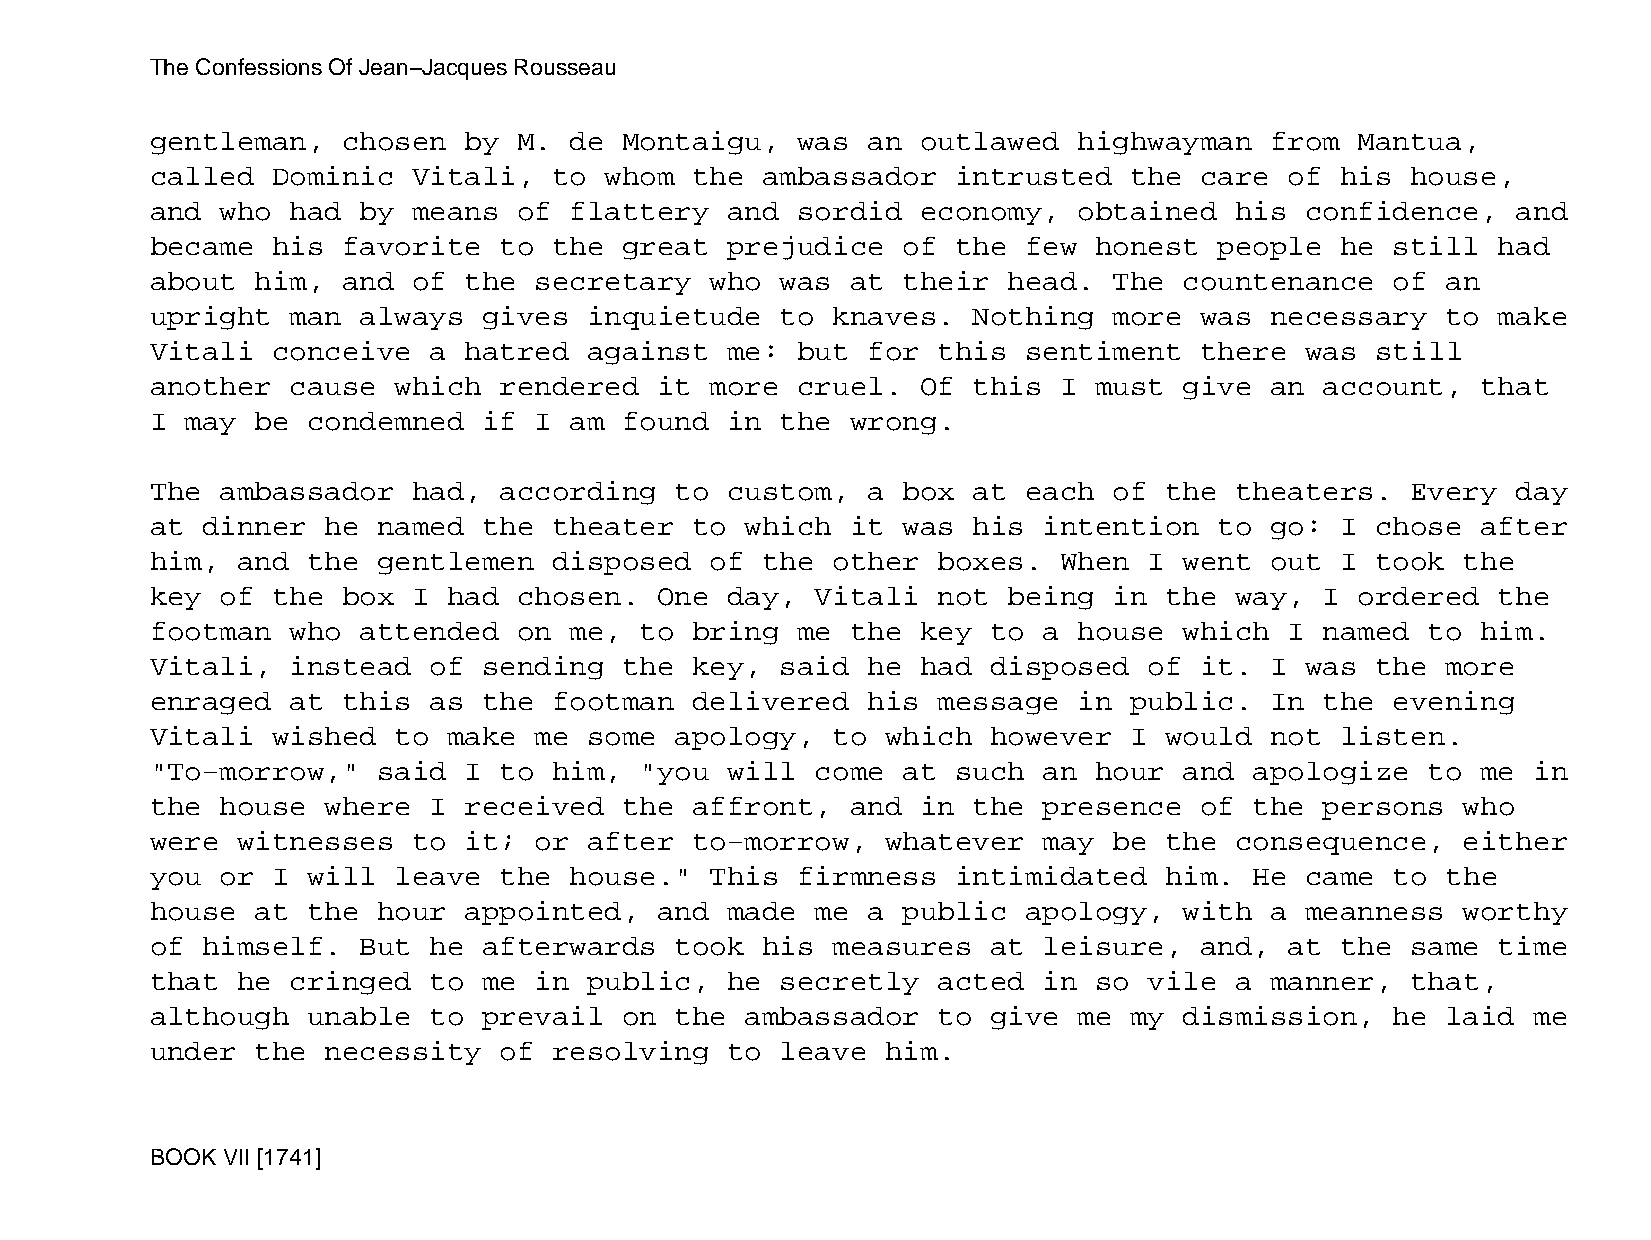
The Confessions Of Jean−Jacques Rousseau
 gentleman,   chosen  by M.  de Montaigu,   was an  outlawed  highwayman   from  Mantua,
 called  Dominic  Vitali,   to whom  the ambassador   intrusted   the care  of  his house,
 and  who had  by means  of  flattery  and  sordid  economy,  obtained   his confidence,   and
 became  his  favorite  to  the great  prejudice   of the  few honest   people  he still  had
 about  him,  and of  the secretary   who  was at  their  head.  The countenance   of  an
 upright  man  always  gives  inquietude   to knaves.  Nothing   more was  necessary   to make
 Vitali  conceive  a  hatred  against  me:  but for  this  sentiment  there  was  still
 another  cause  which  rendered   it more  cruel.  Of this  I must  give  an  account,  that
 I may  be condemned   if I  am found  in  the wrong.
 The  ambassador  had,  according   to custom,  a  box at  each  of the  theaters.  Every  day
 at dinner   he named  the  theater  to which  it  was his  intention   to go:  I chose  after
 him,  and the  gentlemen   disposed  of the  other  boxes.  When  I went  out  I took  the
 key  of the  box I  had chosen.   One day,  Vitali  not  being  in the  way,  I ordered  the
 footman  who  attended  on  me, to  bring  me the  key  to a house  which  I  named  to him.
 Vitali,  instead  of  sending  the  key,  said he  had  disposed  of it.  I was  the  more
 enraged  at  this as  the  footman  delivered  his  message  in  public.  In  the evening
 Vitali  wished  to  make me  some  apology,  to  which  however  I would  not  listen.
 "To−morrow,"   said  I to  him, "you  will  come  at such  an hour  and  apologize   to me in
 the  house  where I  received  the  affront,  and  in the  presence  of  the  persons  who
 were  witnesses  to  it; or  after  to−morrow,   whatever  may  be the  consequence,   either
 you  or I will  leave  the  house."  This  firmness  intimidated   him.  He came  to  the
 house  at the  hour  appointed,   and made  me a  public  apology,  with  a meanness   worthy
 of himself.   But he  afterwards   took his  measures   at leisure,  and,  at  the same  time
 that  he cringed  to  me in  public,  he  secretly  acted  in so  vile  a manner,  that,
 although  unable  to  prevail  on  the ambassador   to  give me  my dismission,   he  laid me
 under  the  necessity  of  resolving  to  leave  him.
 BOOK VII [1741]